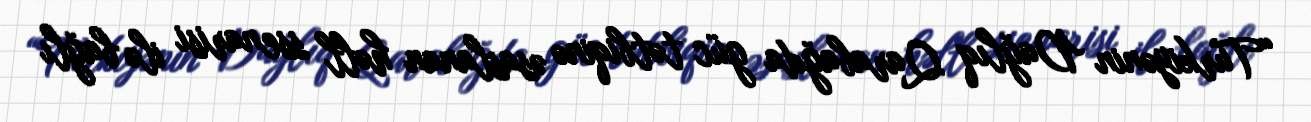
“Türkiyənin Dağlıq Qarabağda güc tətbiqinə əsaslanan həll ssenarisi ilə bağlı